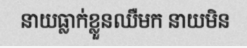
នាយធ្លាក់ខ្លួនឈឺមក នាយមិន